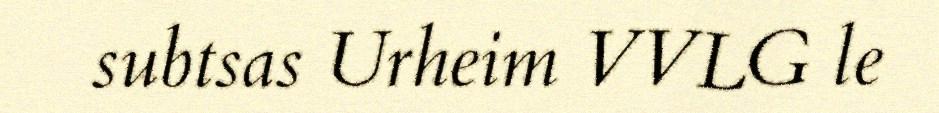
subtsas Urheim VVLG le